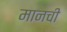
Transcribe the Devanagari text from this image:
मानची